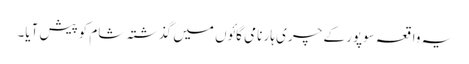
یہ واقعہ سوپور کے چری ہار نامی گائوں میں گذشتہ شام کوپیش آیا۔